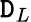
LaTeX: \mathtt{D}_{L}